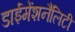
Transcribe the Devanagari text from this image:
डाईमेंशनैलिटी